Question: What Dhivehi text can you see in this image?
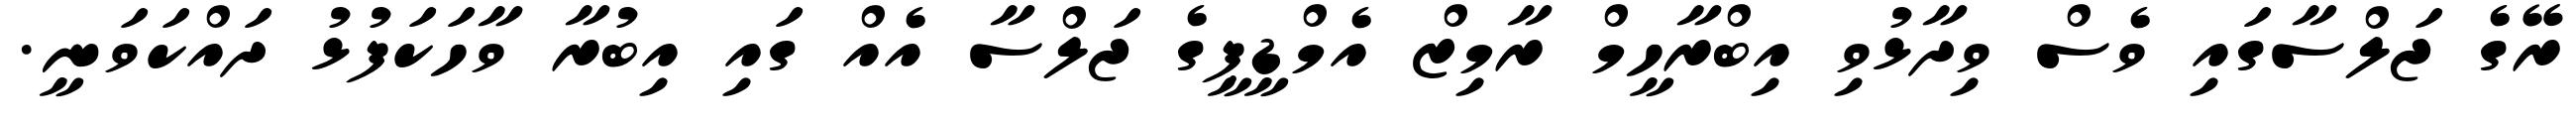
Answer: ރޭގެ ޖަލްސާގައި ވެސް ވިދާޅުވި އިބްރާހީމް ރާމިޒް އެމްޑީޕީގެ ޖަލްސާ އެއް ގައި އިބުރާ ވާހަކަފުޅު ދައްކަވަނީ.